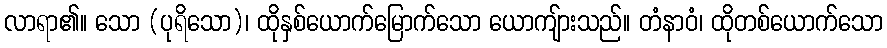
လာရာ၏။ သော (ပုရိသော)၊ ထိုနှစ်ယောက်မြောက်သော ယောကျ်ားသည်။ တံနာဝံ၊ ထိုတစ်ယောက်သော